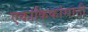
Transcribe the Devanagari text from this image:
एकांकिकांसाठी